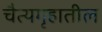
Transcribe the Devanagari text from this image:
चैत्यगृहातील